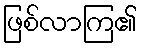
ဖြစ်လာကြ၏